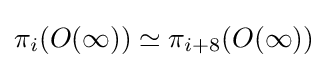
\pi _{i}(O(\infty ))\simeq \pi _{i+8}(O(\infty ))